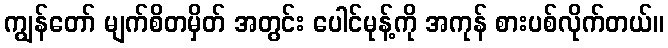
ကျွန်တော် မျက်စိတမှိတ် အတွင်း ပေါင်မုန့်ကို အကုန် စားပစ်လိုက်တယ်။